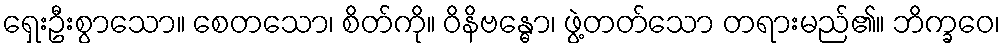
ရှေးဦးစွာသော။ စေတသော၊ စိတ်ကို။ ဝိနိဗန္ဓော၊ ဖွဲ့တတ်သော တရားမည်၏။ ဘိက္ခဝေ၊